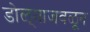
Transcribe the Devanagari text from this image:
डोळ्याजवळून